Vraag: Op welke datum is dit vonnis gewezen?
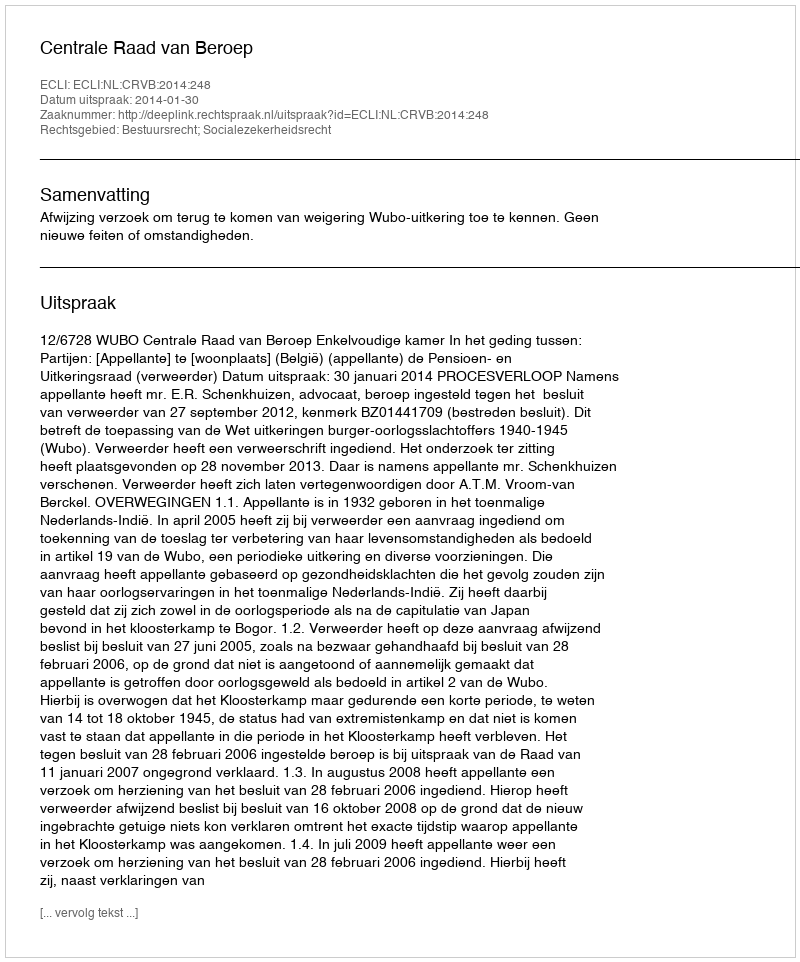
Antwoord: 2014-01-30